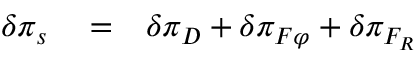
\begin{array} { r l r } { \delta \pi _ { s } } & { { } = } & { \delta \pi _ { D } + \delta \pi _ { F \varphi } + \delta \pi _ { F _ { R } } } \end{array}